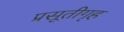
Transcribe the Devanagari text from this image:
प्रसूतीगृह